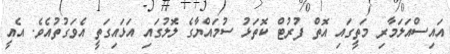
އައިސްއަލަމާރި މަތީގައި އޮތް ފުރުޓް ކޮތަޅު ސުމައްޔާގެ ލޮލުގައި އަޅައިގަތީ އެވަގުތުއެވެ. އެއީ